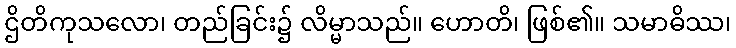
ဌိတိကုသလော၊ တည်ခြင်း၌ လိမ္မာသည်။ ဟောတိ၊ ဖြစ်၏။ သမာဓိဿ၊